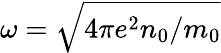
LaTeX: \omega=\sqrt{4\pi e^{2}n_{0}/m_{0}}